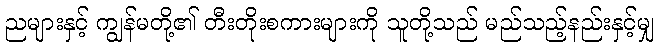
ညများနှင့် ကျွန်မတို့၏ တီးတိုးစကားများကို သူတို့သည် မည်သည့်နည်းနှင့်မျှ